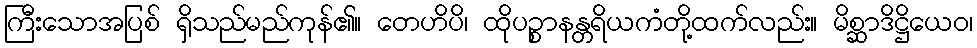
ကြီးသောအပြစ် ရှိသည်မည်ကုန်၏။ တေဟိပိ၊ ထိုပဉ္စာနန္တရိယကံတို့ထက်လည်း။ မိစ္ဆာဒိဋ္ဌိယေဝ၊